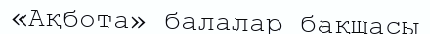
«Ақбота» балалар бақшасы